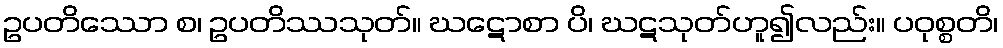
ဥပတိဿော စ၊ ဥပတိဿသုတ်။ ဃဋောစာ ပိ၊ ဃဋသုတ်ဟူ၍လည်း။ ပဝုစ္စတိ၊